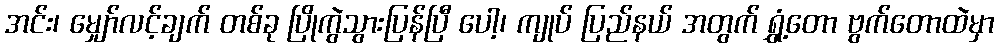
အင်း၊ မျှော်လင့်ချက် တစ်ခု ပြိုကွဲသွားပြန်ပြီ ပေါ့၊ ကျုပ် ပြည်နယ် အတွက် ရွှံ့တော ဗွက်တောထဲမှာ